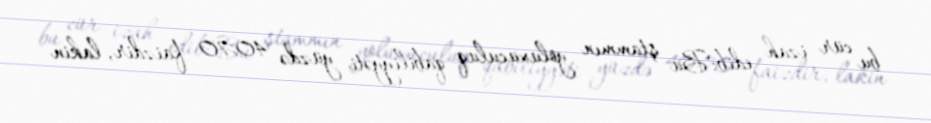
bu cür izah edib:"Bu ştammın yoluxuculuq qabiliyyəti yüzdə 40-70 faizdir, lakin